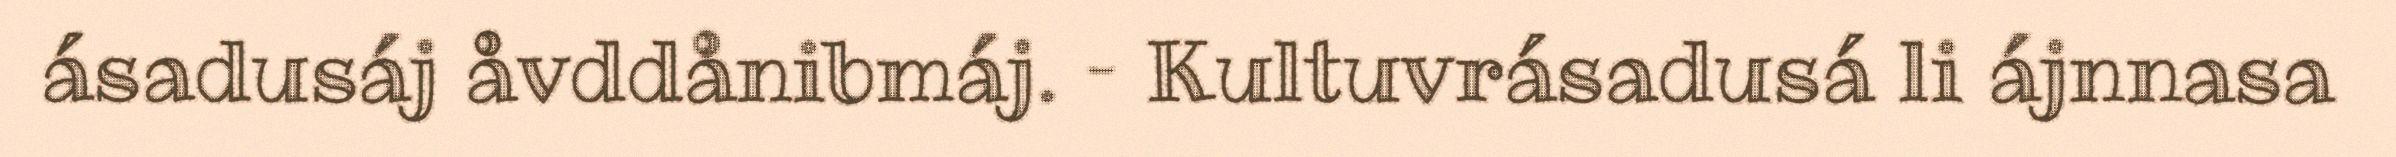
ásadusáj åvddånibmáj. – Kultuvrásadusá li ájnnasa